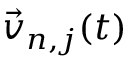
\vec { v } _ { n , j } ( t )